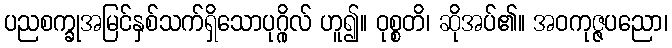
ပညစက္ခုအမြင်နှစ်သက်ရှိသောပုဂ္ဂိုလ် ဟူ၍။ ဝုစ္စတိ၊ ဆိုအပ်၏။ အဝကုဇ္ဇပညော၊